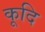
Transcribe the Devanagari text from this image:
कूदि